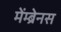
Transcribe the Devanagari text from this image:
मेंम्ब्रेनस